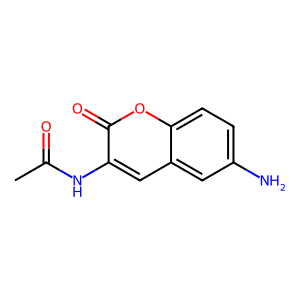
SMILES: CC(=O)Nc1cc2cc(N)ccc2oc1=O
Inhibits HIV replication: No